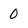
Character: 0